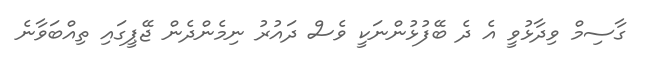
ގާސިމް ވިދާޅުވީ އެ ދެ ބޭފުޅުންނަކީ ވެސް ދައުރު ނިމެންދެން ޖޭޕީގައި ތިއްބަވާނެ